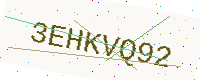
Text: 3EHKVQ92